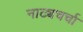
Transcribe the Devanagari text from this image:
नाट्यचर्चा